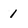
Character: 1